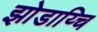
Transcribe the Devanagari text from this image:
झोडाय्चि